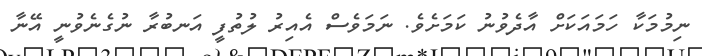
ނިމުމަކާ ހަމައަކަށް އާދެވުނު ކަމަށެވެ. ނަމަވެސް އެއިރު ލުތުފީ އަނބުރާ ނުގެނެވުނީ އޭނާ